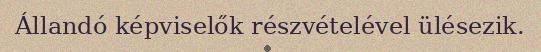
Állandó képviselők részvételével ülésezik.